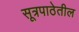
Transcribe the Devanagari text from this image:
सूत्रपाठेतील